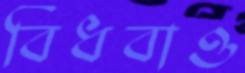
বিধবাও